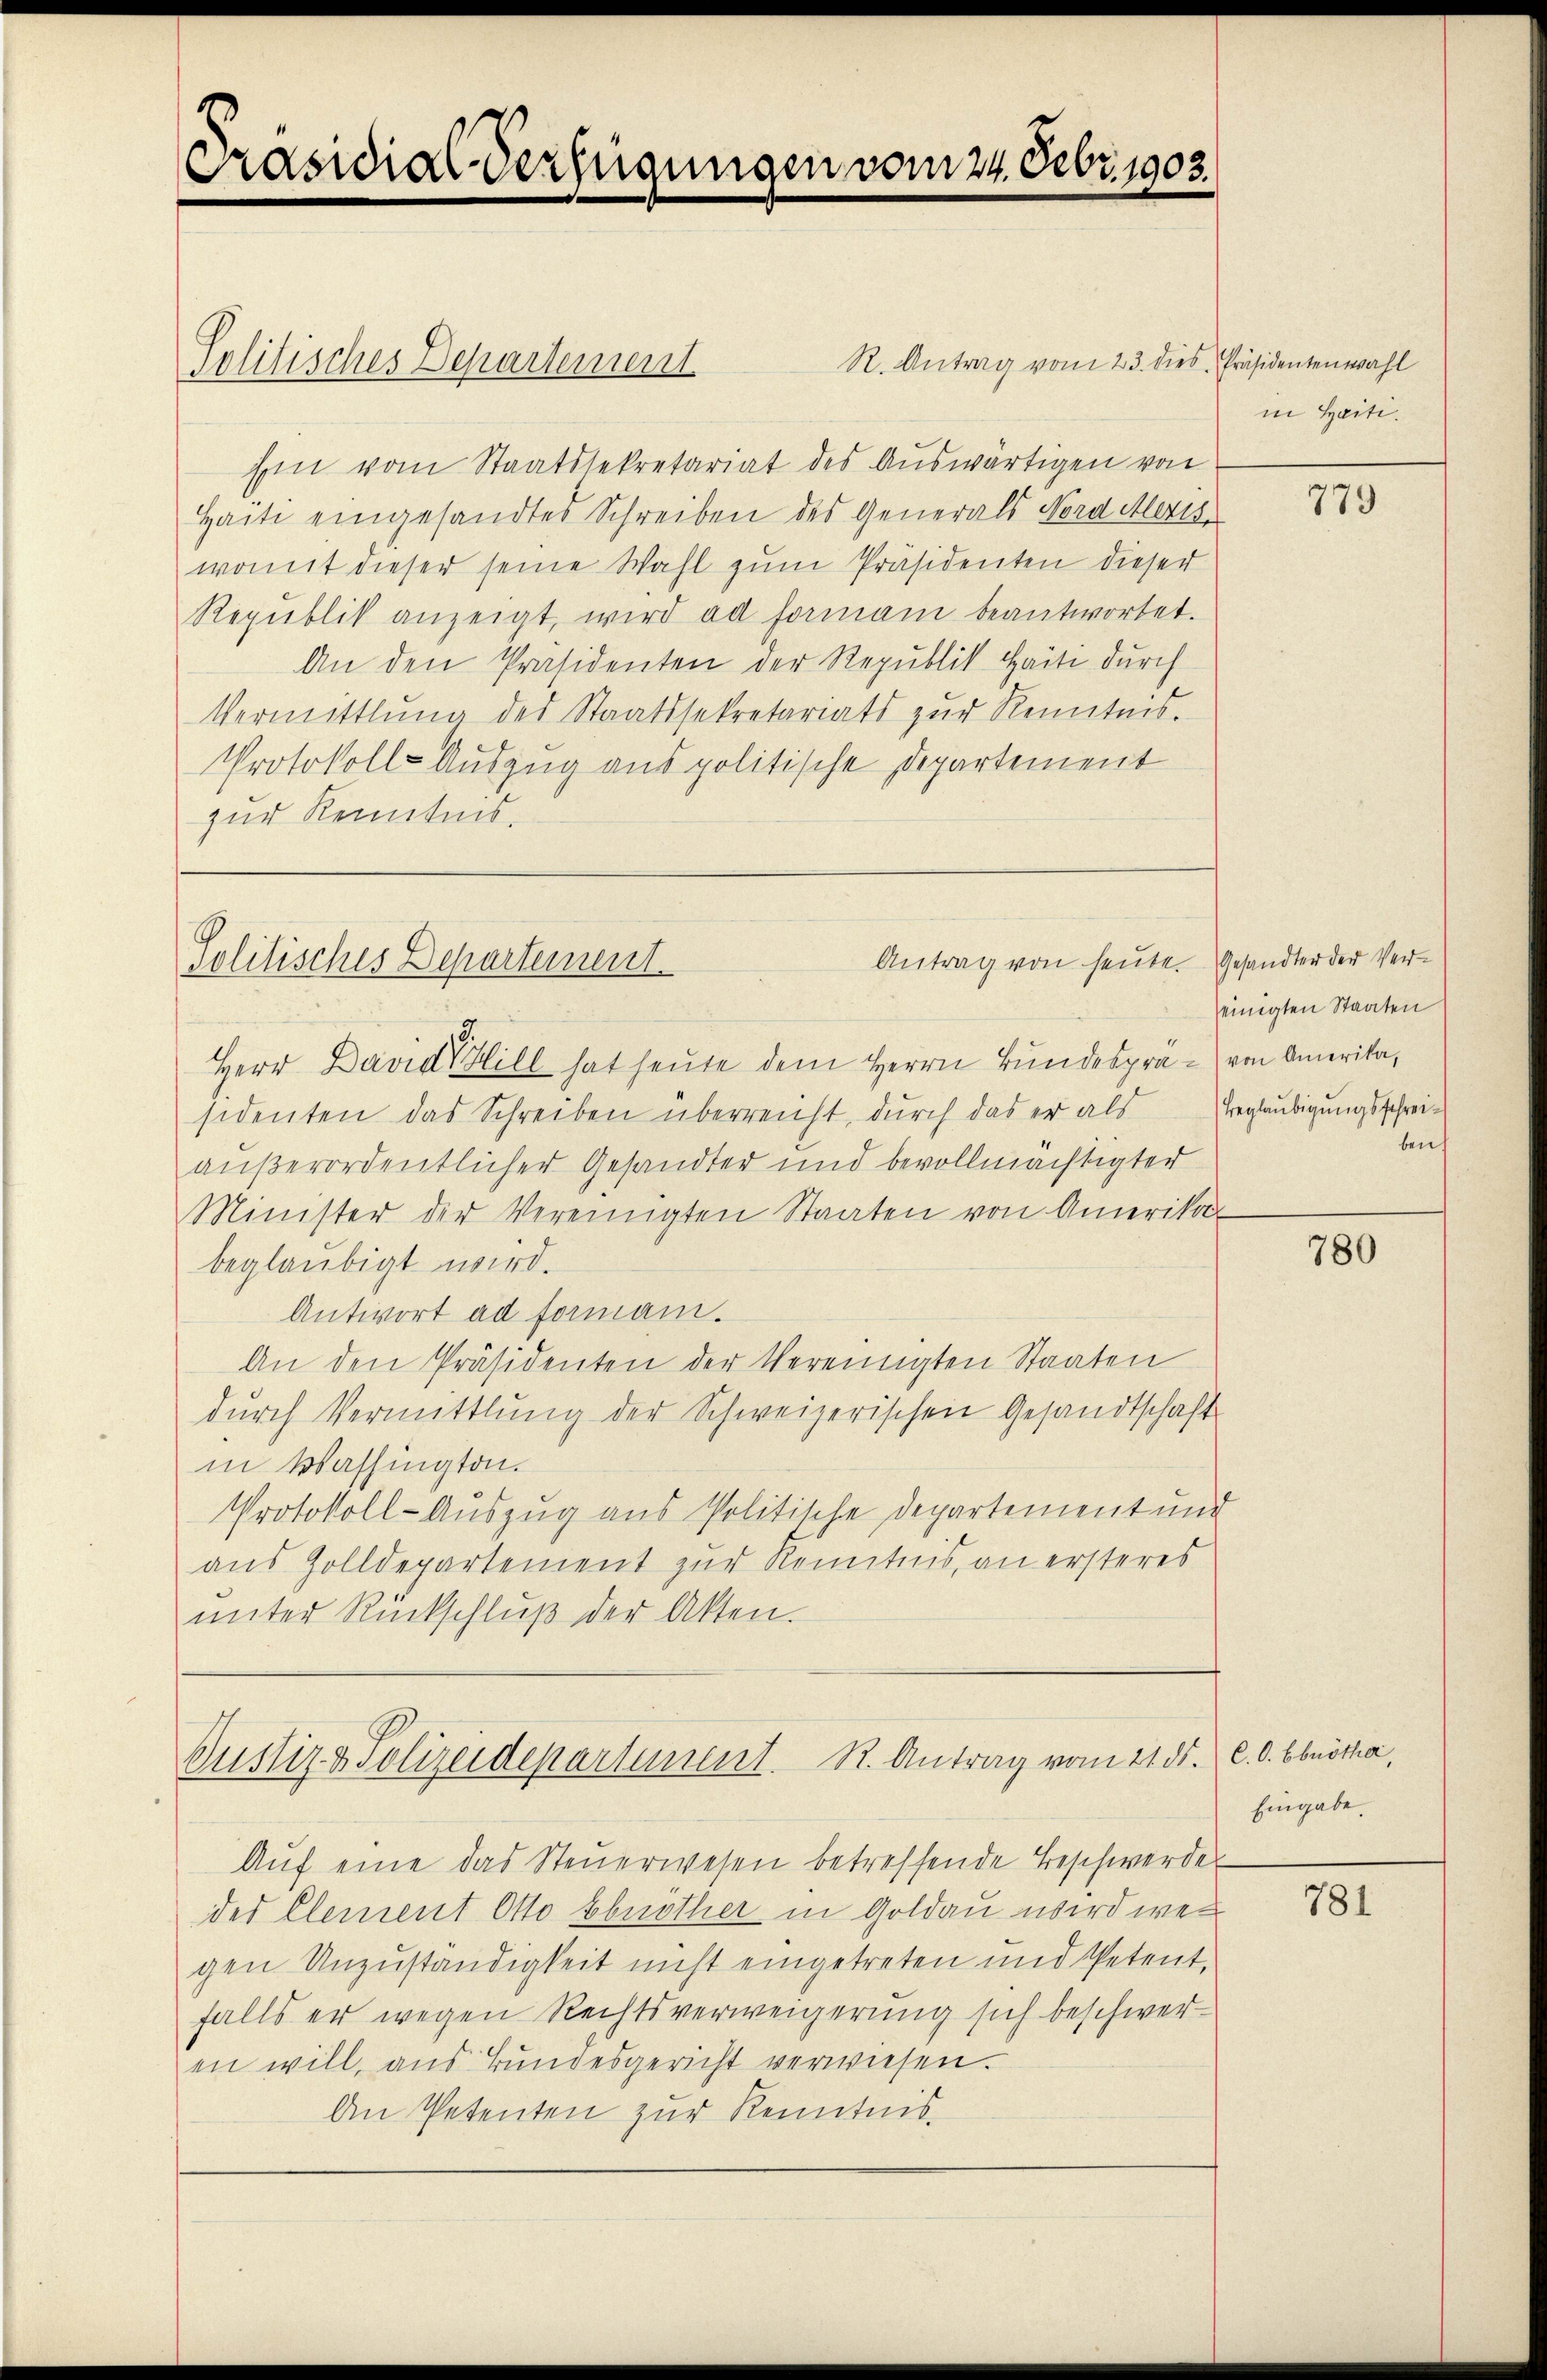
Präsidial-Verfügungen vom 24. Febr. 1903.

R. Antrag vom 23. dies Präsidentenwahl
Politisches Departement.
Ein vom Staatssekretariat des Auswärtigen von
Haite eingesandtes Schreiben des Generals Nord Meris
womit dieser seine Wahl zŭm Präsidenten dieser
Repŭblik anzeigt, wird ad formani beantwortet.
An den Präsidenten der Republik Haite durch
Vermittlung des Staatssekretariats zŭr Kenntnis.
Protokoll-Auszug aus politische Departement
zur Kenntnis.

Antrag von heute. Gesandter der Ver¬
Politisches Departement.

Herr David Hill hat heute dem Herrn Bundesprä- von Amerika,
sidenten das Schreiben überreicht, durch das er als
außerordentlicher Gesandter und bevollmächtigter
Minister der Vereinigten Staaten von Amerika
beglaubigt wird.
Antwort ad formani.
An den Präsidenten der Vereinigten Staaten
dŭrch Vermittlung der Schweizerischen Gesandtschaft
in Washington.
Protokoll-Auszug aus Politische Departement und
aus Zolldepartement zur Kenntnis, an ersteres
ŭnter Rückschlŭβ der Akten.

Justiz & Polizeidepartement. R. Antrag vom 21. ds. C. O. bbrötha,

Aŭf eine das Steŭerwesen betreffende Beschwerde
des Element Otto Ebnöther in Goldau wird wei
gen Unzuständigkeit nicht eingetreten und Petent,
falls er wegen Rechtsverweigerung sich beschweren will, aus Bundesgericht verwiesen.
An Petenten zur Kenntnis.

in Haiti.

einigten Staaten
Beglaubigungsschreiben.

779

780

Eingabe.

781